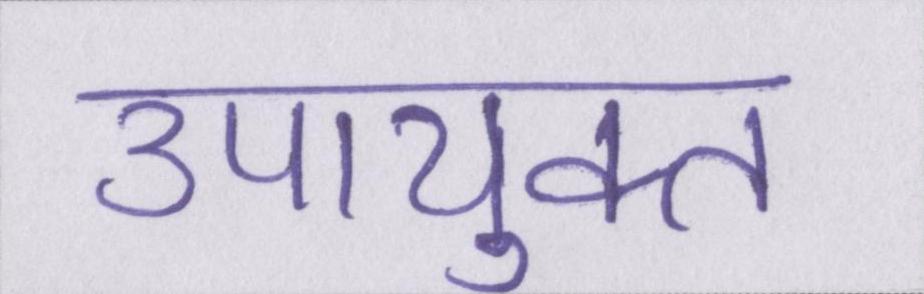
उपायुक्त